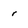
Character: r